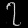
Digit: ၇